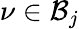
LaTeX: \nu\in\mathcal{B}_{j}